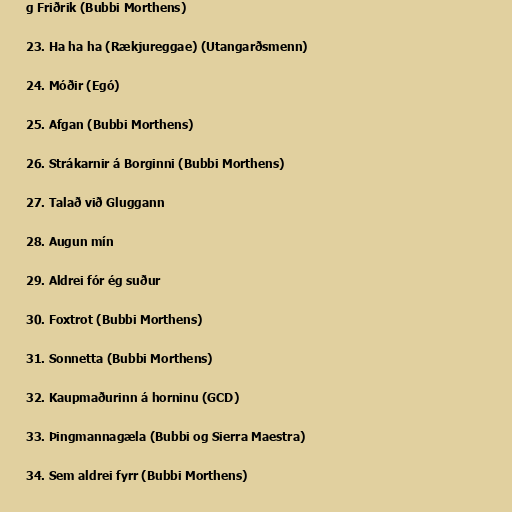
g Friðrik (Bubbi Morthens)

23. Ha ha ha (Rækjureggae) (Utangarðsmenn)

24. Móðir (Egó)

25. Afgan (Bubbi Morthens)

26. Strákarnir á Borginni (Bubbi Morthens)

27. Talað við Gluggann

28. Augun mín

29. Aldrei fór ég suður

30. Foxtrot (Bubbi Morthens)

31. Sonnetta (Bubbi Morthens)

32. Kaupmaðurinn á horninu (GCD)

33. Þingmannagæla (Bubbi og Sierra Maestra)

34. Sem aldrei fyrr (Bubbi Morthens)